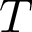
T